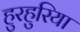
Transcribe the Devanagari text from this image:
हुरहुरिया